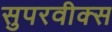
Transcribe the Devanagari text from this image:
सुपरवीक्स